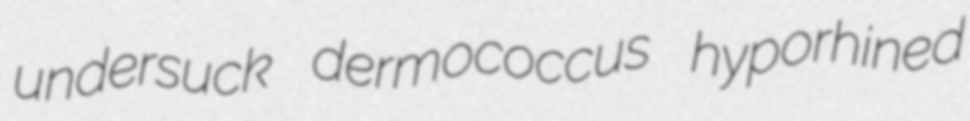
undersuck dermococcus hyporhined